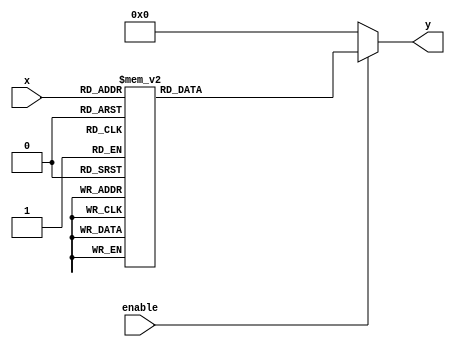
/*
    Wang Nengzhi
    U201713082
    SES1701
*/

module decoder_3_8
(
    input       [2:0] x,    // input signal, 3-bit
    input       enable,     // enable signal
    output reg  [7:0] y     // output signal, 8-bit
);
    always @(*)
    begin
        if (enable)
        begin
            // enable, decode
            case(x)
                3'b000: y = 8'h01;
                3'b001: y = 8'h02;
                3'b010: y = 8'h04;
                3'b011: y = 8'h08;
                3'b100: y = 8'h10;
                3'b101: y = 8'h20;
                3'b110: y = 8'h40;
                3'b111: y = 8'h80;
            endcase
            end
            
            else
            begin
                // not enable
                y = 8'b0000_0000;
            end
    end
endmodule